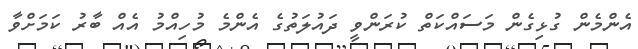
އެންމެން ގުޅިގެން މަސައްކަތް ކުރަންވީ ދައުލަތުގެ އެންމެ މުހިއްމު އެއް ބާރު ކަމަށްވާ